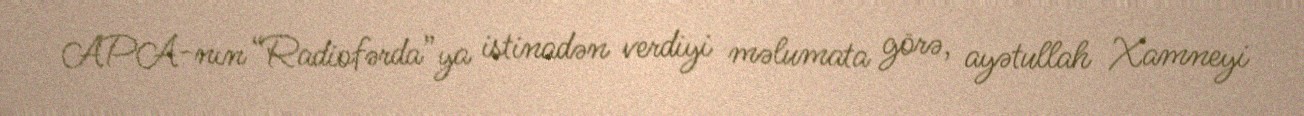
APA-nın “Radiofərda”ya istinadən verdiyi məlumata görə, ayətullah Xamneyi